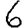
Digit: 6